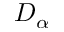
D _ { \alpha }